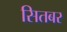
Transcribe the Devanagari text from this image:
सितबर